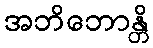
အဘိဘောန္တိ